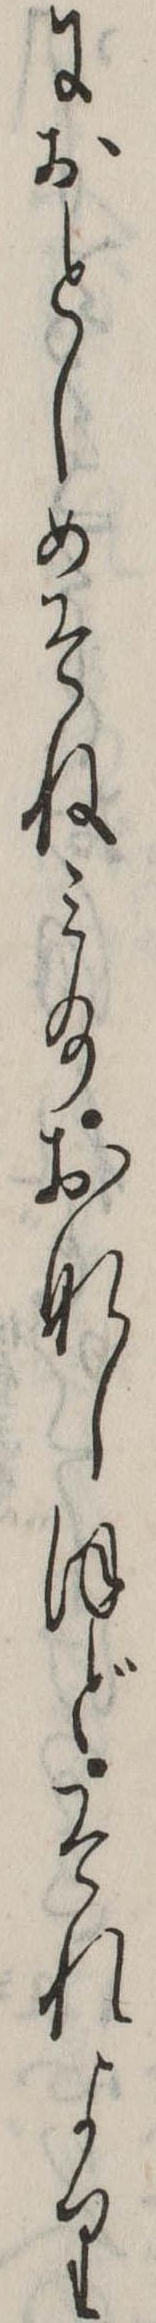
におとしめそねみ給おなしほどそれより